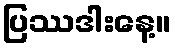
ပြဿဒါးနေ့။